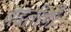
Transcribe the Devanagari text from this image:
बढतीची